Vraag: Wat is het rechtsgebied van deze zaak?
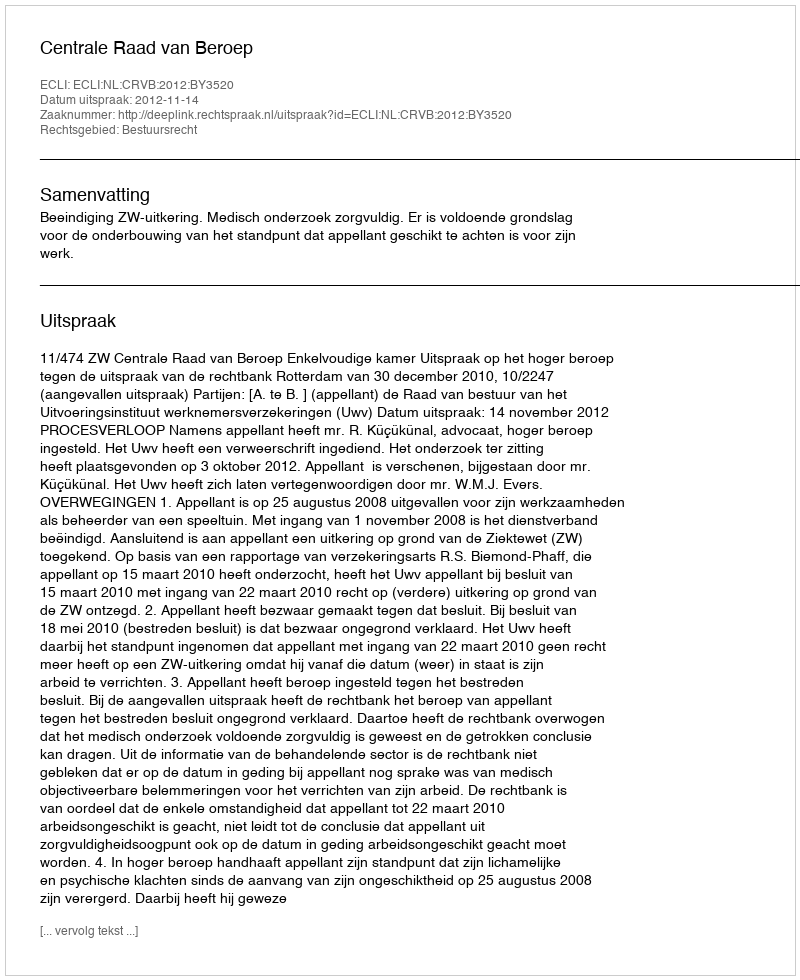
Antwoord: Bestuursrecht